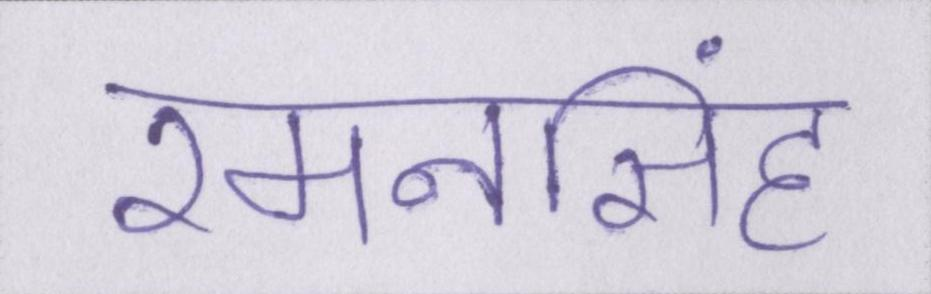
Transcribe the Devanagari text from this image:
रमनसिंह